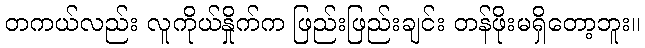
တကယ်လည်း လူကိုယ်နှိုက်က ဖြည်းဖြည်းချင်း တန်ဖိုးမရှိတော့ဘူး။